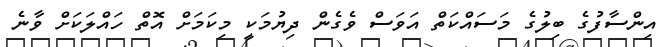
އިންސާފުގެ ބިލުގެ މަސައްކަތް އަވަސް ވެގެން ދިޔުމަކީ މިކަމަށް އޮތް ހައްލަކަށް ވާނެ